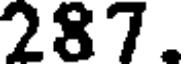
287.